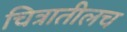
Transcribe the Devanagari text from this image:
चित्रातीलच